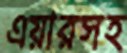
এয়ারসহ